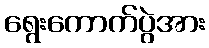
ရွေးကောက်ပွဲအား